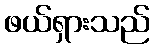
ဖယ်ရှားသည်